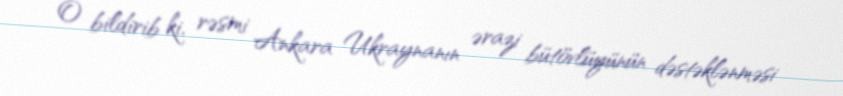
O bildirib ki, rəsmi Ankara Ukraynanın ərazi bütövlüyünün dəstəklənməsi